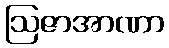
ဩဇာအာဏာ